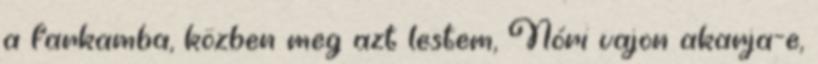
a farkamba, közben meg azt lestem, Nóri vajon akarja-e,